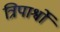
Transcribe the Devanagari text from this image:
त्रिपार्श्वों